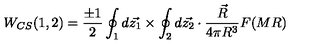
W _ { C S } ( 1 , 2 ) = \frac { \pm 1 } { 2 } \oint _ { 1 } d \vec { z _ { 1 } } \times \oint _ { 2 } d \vec { z _ { 2 } } \cdot \frac { \vec { R } } { 4 \pi R ^ { 3 } } F ( M R )